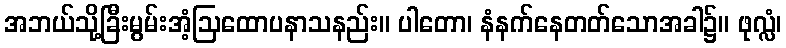
အဘယ်သို့ခြီးမွမ်းအံ့ဩထောပနာသနည်း။ ပါတော၊ နံနက်နေတတ်သောအခါ၌။ ဖုလ္လံ၊